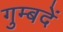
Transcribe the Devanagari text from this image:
गुम्बदें